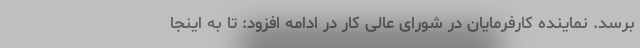
برسد. نماینده کارفرمایان در شورای عالی کار در ادامه افزود: تا به اینجا